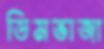
ডিমভাজা